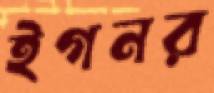
ইগনর